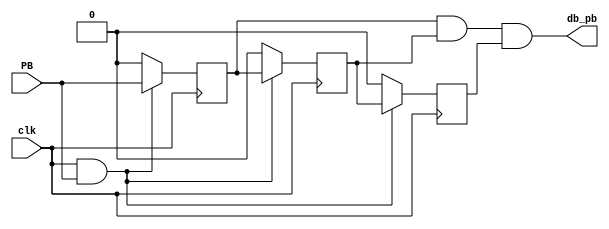
module debouncer (clk,PB,db_pb);
  input clk,PB;
  output db_pb;
  reg delay1,delay2,delay3;
always@(posedge clk)
begin
if(clk==1 && PB==1)
  begin
  delay1<=PB;
  delay2<=delay1;
  delay3<=delay2;
end
else
  begin
  delay1<= 0;
  delay2<= 0;
  delay3<= 0;
end
end
assign db_pb = delay1&delay2&delay3;
endmodule